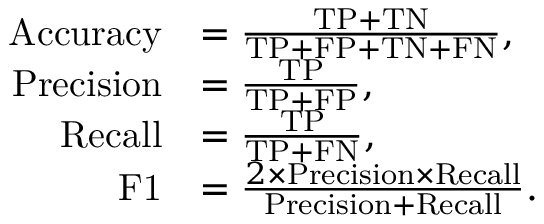
\begin{array} { r l } { \mathrm { A c c u r a c y } } & { = \frac { \mathrm { T P } + \mathrm { T N } } { \mathrm { T P } + \mathrm { F P } + \mathrm { T N } + \mathrm { F N } } , } \\ { \mathrm { P r e c i s i o n } } & { = \frac { \mathrm { T P } } { \mathrm { T P } + \mathrm { F P } } , } \\ { \mathrm { R e c a l l } } & { = \frac { \mathrm { T P } } { \mathrm { T P } + \mathrm { F N } } , } \\ { \mathrm { F 1 } } & { = \frac { 2 \times \mathrm { P r e c i s i o n } \times \mathrm { R e c a l l } } { \mathrm { P r e c i s i o n } + \mathrm { R e c a l l } } . } \end{array}